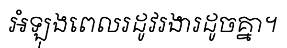
អំឡុងពេលរដូវរងារដូចគ្នា។